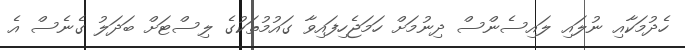
ހެދުމަކާއި ނުލައި ލައިސެންސް ދިނުމަށް ހަމަޖެހިފައިވާ ގައުމުތަކުގެ ލިސްޓަށް ބަދަލު ގެނެސް އެ